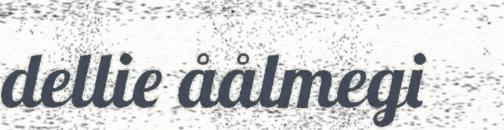
dellie åålmegi